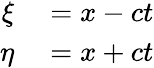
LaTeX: \begin{array}{rl}{\xi}&{{}=x-ct}\\ {\eta}&{{}=x+ct}\end{array}